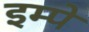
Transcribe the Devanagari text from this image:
इम्पे